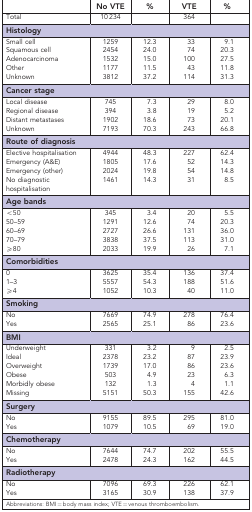
<table><thead><tr><td><b> </b></td><td><b>No VTE</b></td><td><b>%</b></td><td><b>VTE</b></td><td><b>%</b></td></tr></thead><tbody><tr><td>Total</td><td>10 234</td><td> </td><td>364</td><td> </td></tr><tr><td colspan="5"><b>Histology</b></td></tr><tr><td>Small cell</td><td>1259</td><td>12.3</td><td>33</td><td>9.1</td></tr><tr><td>Squamous cell</td><td>2454</td><td>24.0</td><td>74</td><td>20.3</td></tr><tr><td>Adenocarcinoma</td><td>1532</td><td>15.0</td><td>100</td><td>27.5</td></tr><tr><td>Other</td><td>1177</td><td>11.5</td><td>43</td><td>11.8</td></tr><tr><td>Unknown</td><td>3812</td><td>37.2</td><td>114</td><td>31.3</td></tr><tr><td colspan="5"><b>Cancer stage</b></td></tr><tr><td>Local disease</td><td>745</td><td>7.3</td><td>29</td><td>8.0</td></tr><tr><td>Regional disease</td><td>394</td><td>3.8</td><td>19</td><td>5.2</td></tr><tr><td>Distant metastases</td><td>1902</td><td>18.6</td><td>73</td><td>20.1</td></tr><tr><td>Unknown</td><td>7193</td><td>70.3</td><td>243</td><td>66.8</td></tr><tr><td colspan="5"><b>Route of diagnosis</b></td></tr><tr><td>Elective hospitalisation</td><td>4944</td><td>48.3</td><td>227</td><td>62.4</td></tr><tr><td>Emergency (A&amp;E)</td><td>1805</td><td>17.6</td><td>52</td><td>14.3</td></tr><tr><td>Emergency (other)</td><td>2024</td><td>19.8</td><td>54</td><td>14.8</td></tr><tr><td>No diagnostic hospitalisation</td><td>1461</td><td>14.3</td><td>31</td><td>8.5</td></tr><tr><td colspan="5"><b>Age bands</b></td></tr><tr><td>&lt;50</td><td>345</td><td>3.4</td><td>20</td><td>5.5</td></tr><tr><td>50–59</td><td>1291</td><td>12.6</td><td>74</td><td>20.3</td></tr><tr><td>60–69</td><td>2727</td><td>26.6</td><td>131</td><td>36.0</td></tr><tr><td>70–79</td><td>3838</td><td>37.5</td><td>113</td><td>31.0</td></tr><tr><td>⩾80</td><td>2033</td><td>19.9</td><td>26</td><td>7.1</td></tr><tr><td colspan="5"><b>Comorbidities</b></td></tr><tr><td>0</td><td>3625</td><td>35.4</td><td>136</td><td>37.4</td></tr><tr><td>1–3</td><td>5557</td><td>54.3</td><td>188</td><td>51.6</td></tr><tr><td>⩾4</td><td>1052</td><td>10.3</td><td>40</td><td>11.0</td></tr><tr><td colspan="5"><b>Smoking</b></td></tr><tr><td>No</td><td>7669</td><td>74.9</td><td>278</td><td>76.4</td></tr><tr><td>Yes</td><td>2565</td><td>25.1</td><td>86</td><td>23.6</td></tr><tr><td colspan="5"><b>BMI</b></td></tr><tr><td>Underweight</td><td>331</td><td>3.2</td><td>9</td><td>2.5</td></tr><tr><td>Ideal</td><td>2378</td><td>23.2</td><td>87</td><td>23.9</td></tr><tr><td>Overweight</td><td>1739</td><td>17.0</td><td>86</td><td>23.6</td></tr><tr><td>Obese</td><td>503</td><td>4.9</td><td>23</td><td>6.3</td></tr><tr><td>Morbidly obese</td><td>132</td><td>1.3</td><td>4</td><td>1.1</td></tr><tr><td>Missing</td><td>5151</td><td>50.3</td><td>155</td><td>42.6</td></tr><tr><td colspan="5"><b>Surgery</b></td></tr><tr><td>No</td><td>9155</td><td>89.5</td><td>295</td><td>81.0</td></tr><tr><td>Yes</td><td>1079</td><td>10.5</td><td>69</td><td>19.0</td></tr><tr><td colspan="5"><b>Chemotherapy</b></td></tr><tr><td>No</td><td>7644</td><td>74.7</td><td>202</td><td>55.5</td></tr><tr><td>Yes</td><td>2478</td><td>24.3</td><td>162</td><td>44.5</td></tr><tr><td colspan="5"><b>Radiotherapy</b></td></tr><tr><td>No</td><td>7096</td><td>69.3</td><td>226</td><td>62.1</td></tr><tr><td>Yes</td><td>3165</td><td>30.9</td><td>138</td><td>37.9</td></tr></tbody></table>